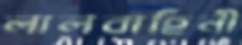
লালবাহিনী